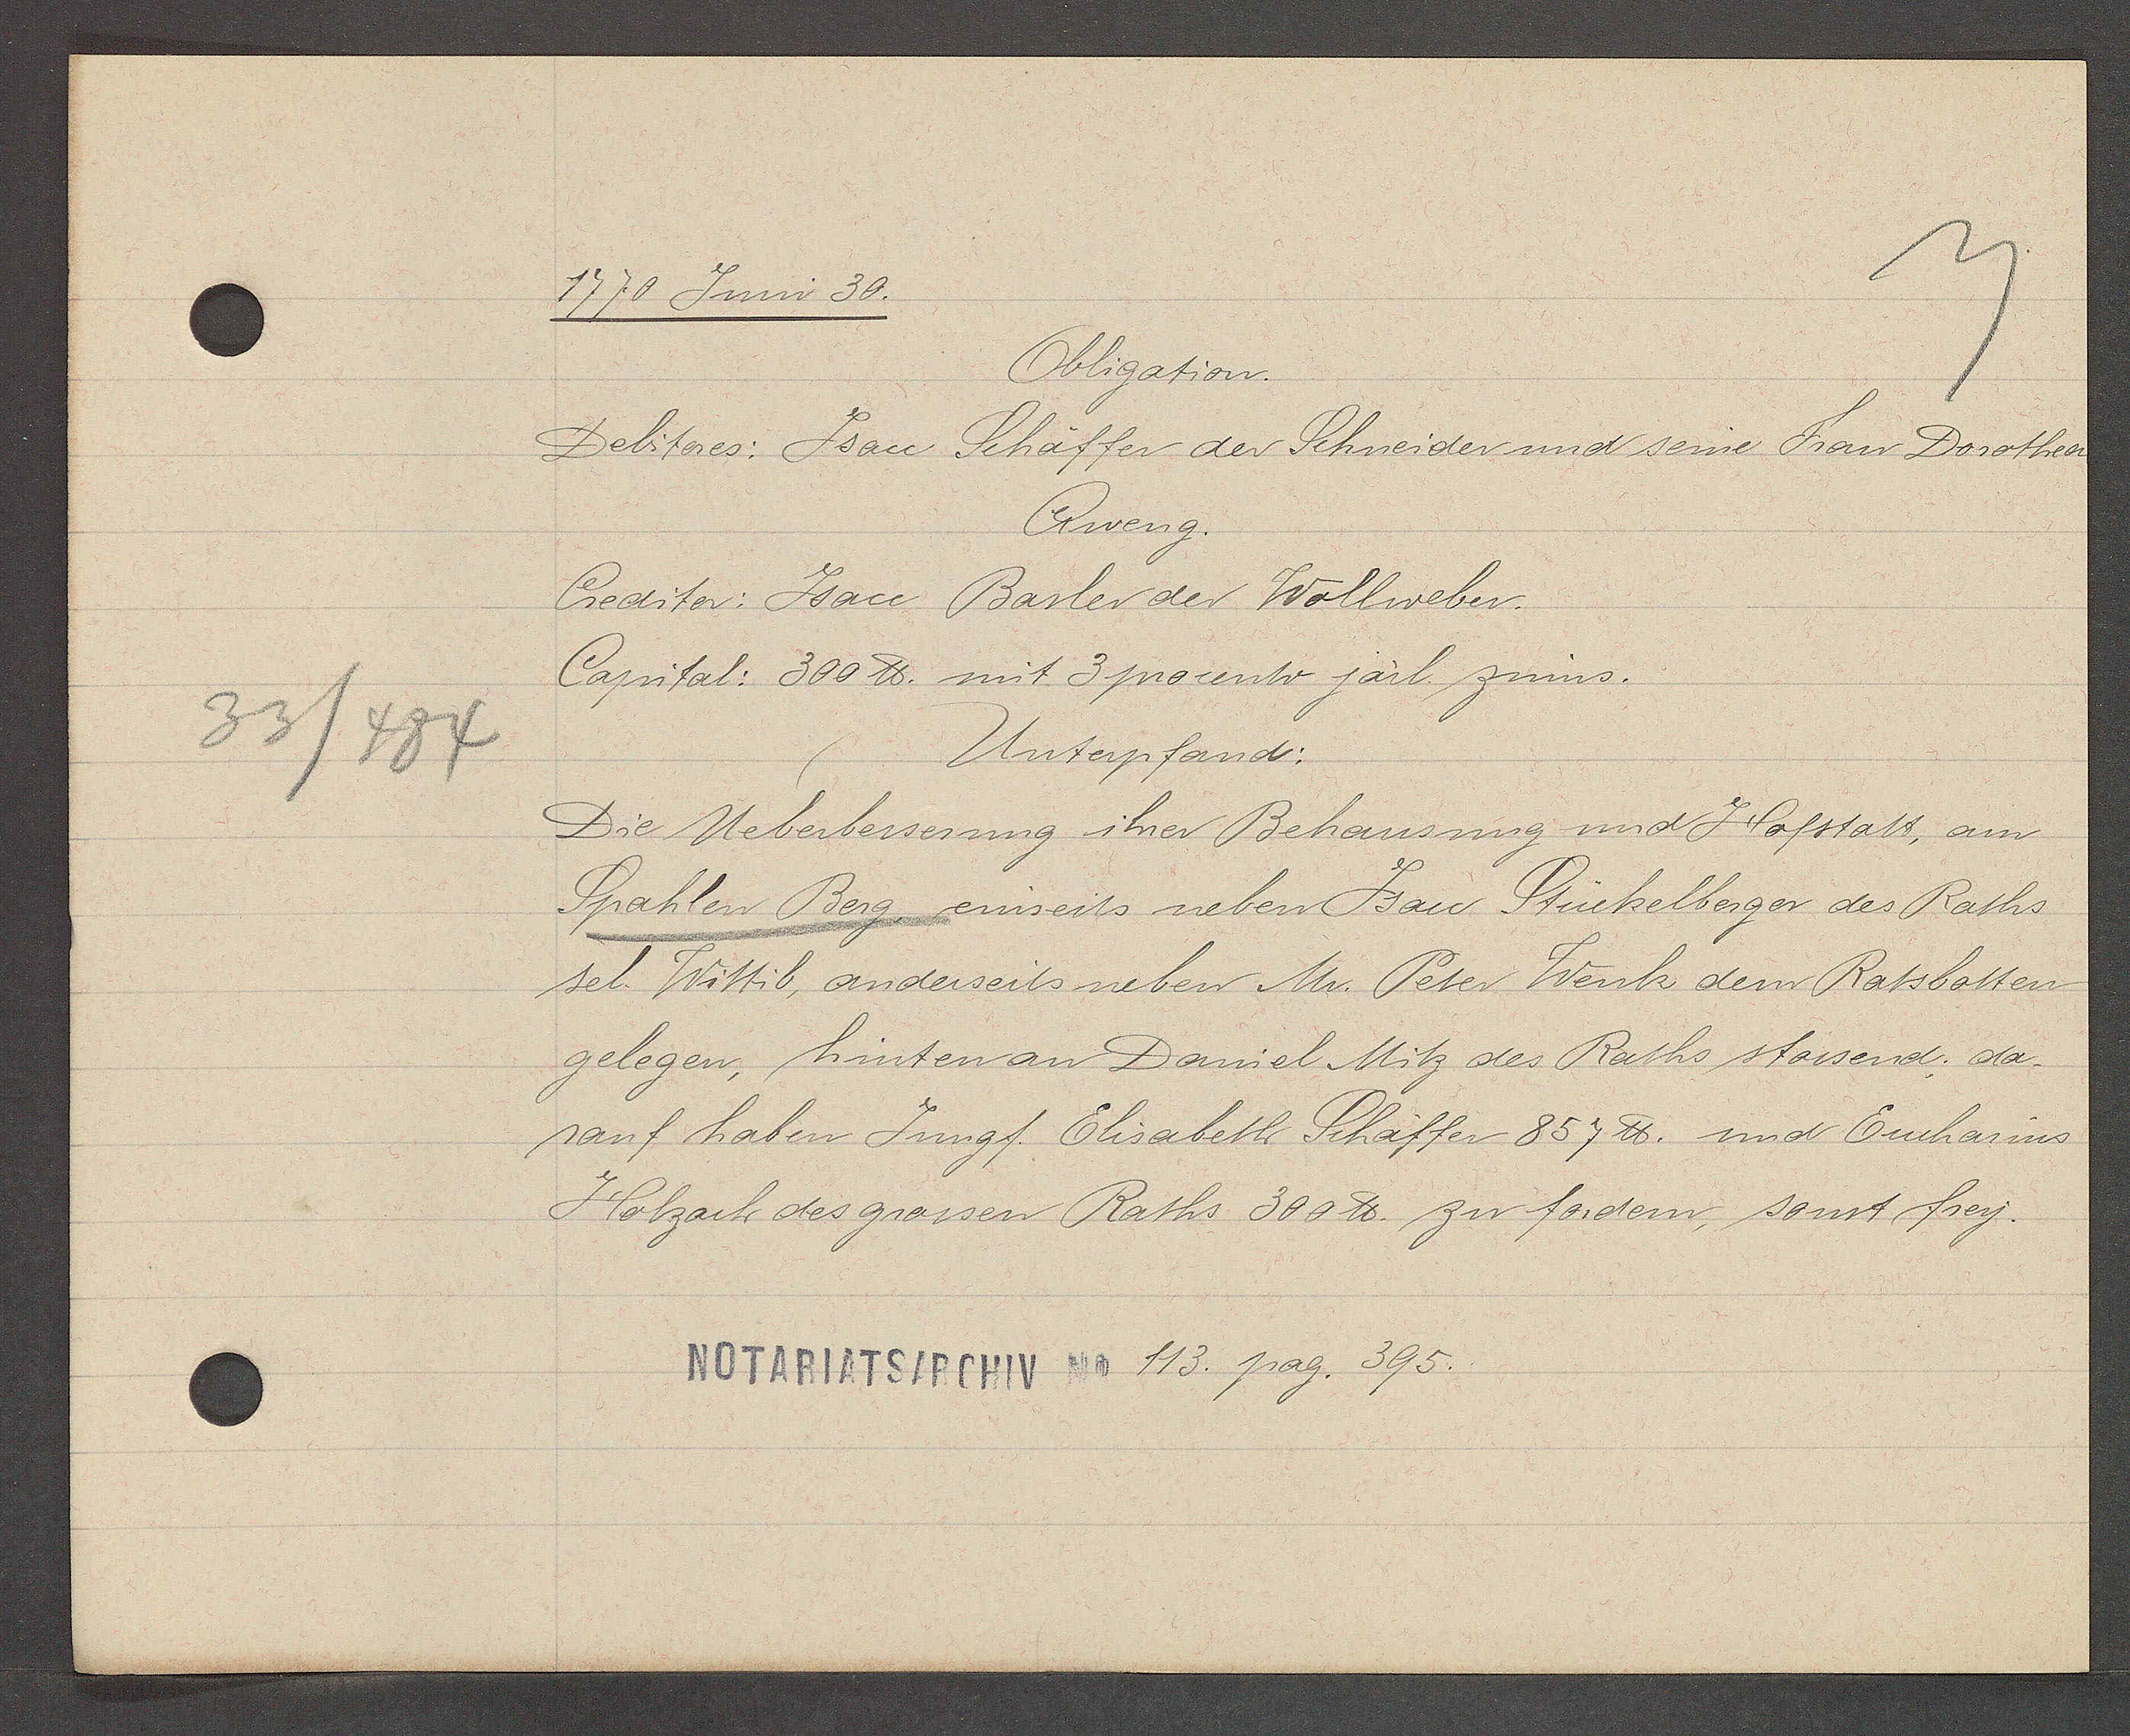
Transcript:
33/484

1770 Juni 30.

Obligation.
Debitores: Jsacc Schaffer der Schneider und seine Frau Dorothea
Aweng.
Creditor: Isacc Basler der Wollweber.
Capital: 300 ℔ mit 3 procento järl. zinns.
Unterpfand:
Die Ueberbesserung ihrer Behausung und Hofstatt, am
Spahlen Berg, einseits neben Isacc Stückelberger des Raths
sel. Wittib, anderseits neben Mr. Peter Wenk dem Ratsbotten
gelegen, hinten an Daniel Mitz des Raths stossend; da¬
rauf haben Jungf. Elisabeth Schäffer 857 ℔. und Eucharius
Holzach des grossen Raths 300 ℔ zu fordern, sonst frey.

NOTARIATSARCHIV No 113. pag. 395.